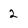
Character: 2